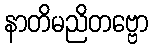
နာတိမညိတဗ္ဗော